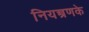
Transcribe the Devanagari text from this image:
नियन्त्रणके